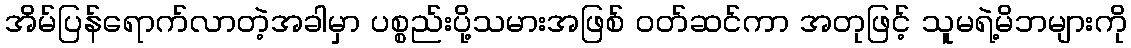
အိမ်ပြန်ရောက်လာတဲ့အခါမှာ ပစ္စည်းပို့သမားအဖြစ် ဝတ်ဆင်ကာ အတုဖြင့် သူမရဲ့မိဘများကို